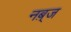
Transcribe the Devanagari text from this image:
नब़्ज